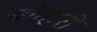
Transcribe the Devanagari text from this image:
गोहिरी